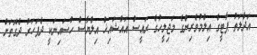
އަދާލަތު ޕާޓީގެ އިލްމުވެރިންގެ މަޖިލީހުގެ ރައީސް އައްޝައިޚް އިލްޔާސް ހުސައިނަކީ ދެފަހަރު ދެގޮތަށް